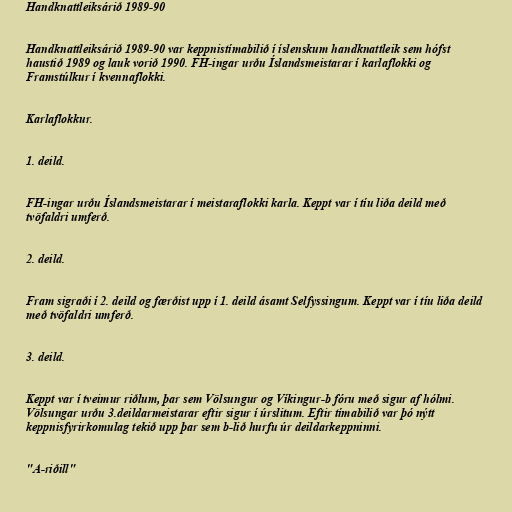
Handknattleiksárið 1989-90

Handknattleiksárið 1989-90 var keppnistímabilið í íslenskum handknattleik sem hófst
haustið 1989 og lauk vorið 1990. FH-ingar urðu Íslandsmeistarar í karlaflokki og
Framstúlkur í kvennaflokki.

Karlaflokkur.

1. deild.

FH-ingar urðu Íslandsmeistarar í meistaraflokki karla. Keppt var í tíu liða deild með
tvöfaldri umferð.

2. deild.

Fram sigraði í 2. deild og færðist upp í 1. deild ásamt Selfyssingum. Keppt var í tíu liða deild
með tvöfaldri umferð.

3. deild.

Keppt var í tveimur riðlum, þar sem Völsungur og Víkingur-b fóru með sigur af hólmi.
Völsungar urðu 3.deildarmeistarar eftir sigur í úrslitum. Eftir tímabilið var þó nýtt
keppnisfyrirkomulag tekið upp þar sem b-lið hurfu úr deildarkeppninni.

"A-riðill"